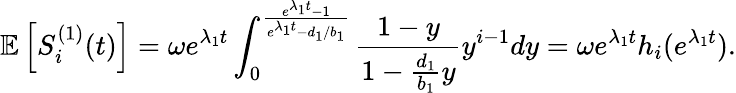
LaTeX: \mathbb{E}\left[S_{i}^{(1)}(t)\right]=\omega e^{\lambda_{1}t}\int_{0}^{\frac{e^{\lambda_{1}t}-1}{e^{\lambda_{1}t}-d_{1}/b_{1}}}\frac{1-y}{1-\frac{d_{1}}{b_{1}}y}y^{i-1}dy=\omega e^{\lambda_{1}t}h_{i}(e^{\lambda_{1}t}).